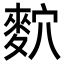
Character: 䴳